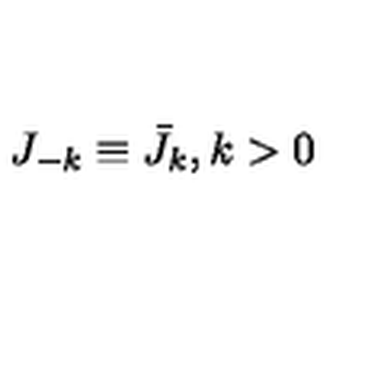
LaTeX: J _ { - k } \equiv \bar { J } _ { k } , k > 0